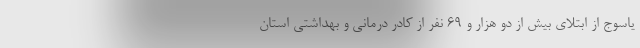
یاسوج از ابتلای بیش از دو هزار و ۶۹ نفر از کادر درمانی و بهداشتی استان